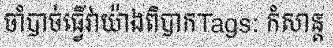
ចាំបាច់ធ្វើវាយ៉ាងពិបាកTags: កំសាន្ត